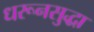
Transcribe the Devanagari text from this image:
धरूनसुद्धा